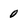
Character: 0